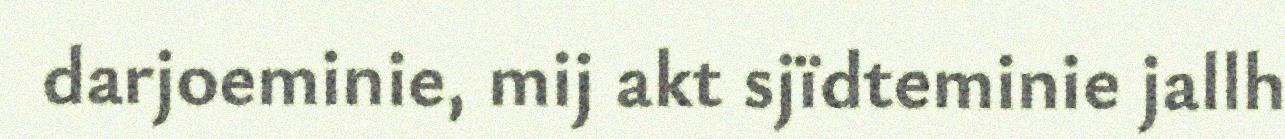
darjoeminie, mij akt sjïdteminie jallh